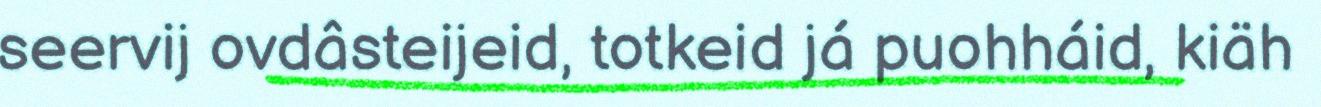
seervij ovdâsteijeid, totkeid já puohháid, kiäh